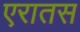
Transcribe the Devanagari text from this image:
एरातस